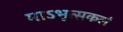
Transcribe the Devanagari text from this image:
माऽभूत्सकलं